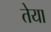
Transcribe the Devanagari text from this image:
तेया